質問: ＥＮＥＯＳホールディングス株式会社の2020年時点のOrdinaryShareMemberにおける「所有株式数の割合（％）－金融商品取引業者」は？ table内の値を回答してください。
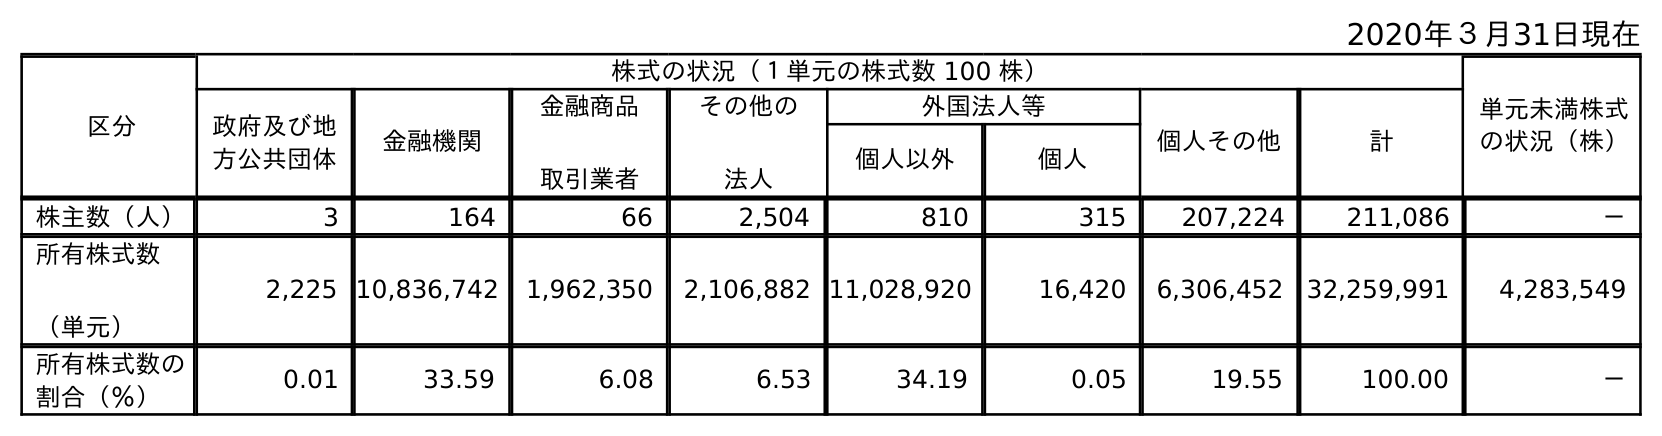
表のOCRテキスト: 2020年３月31日現在 区分 株式の状況（１単元の株式数 100 株） 単元未満株式 の状況（株） 政府及び地 方公共団体 金融機関 金融商品 取引業者 その他の 法人 外国法人等 個人その他 計 個人以外 個人 株主数（人） 3 164 66 2,504 810 315 207,224 211,086 － 所有株式数 （単元） 2,225 10,836,742 1,962,350 2,106,882 11,028,920 16,420 6,306,452 32,259,991 4,283,549 所有株式数の 割合（％） 0.01 33.59 6.08 6.53 34.19 0.05 19.55 100.00 －
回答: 6.08